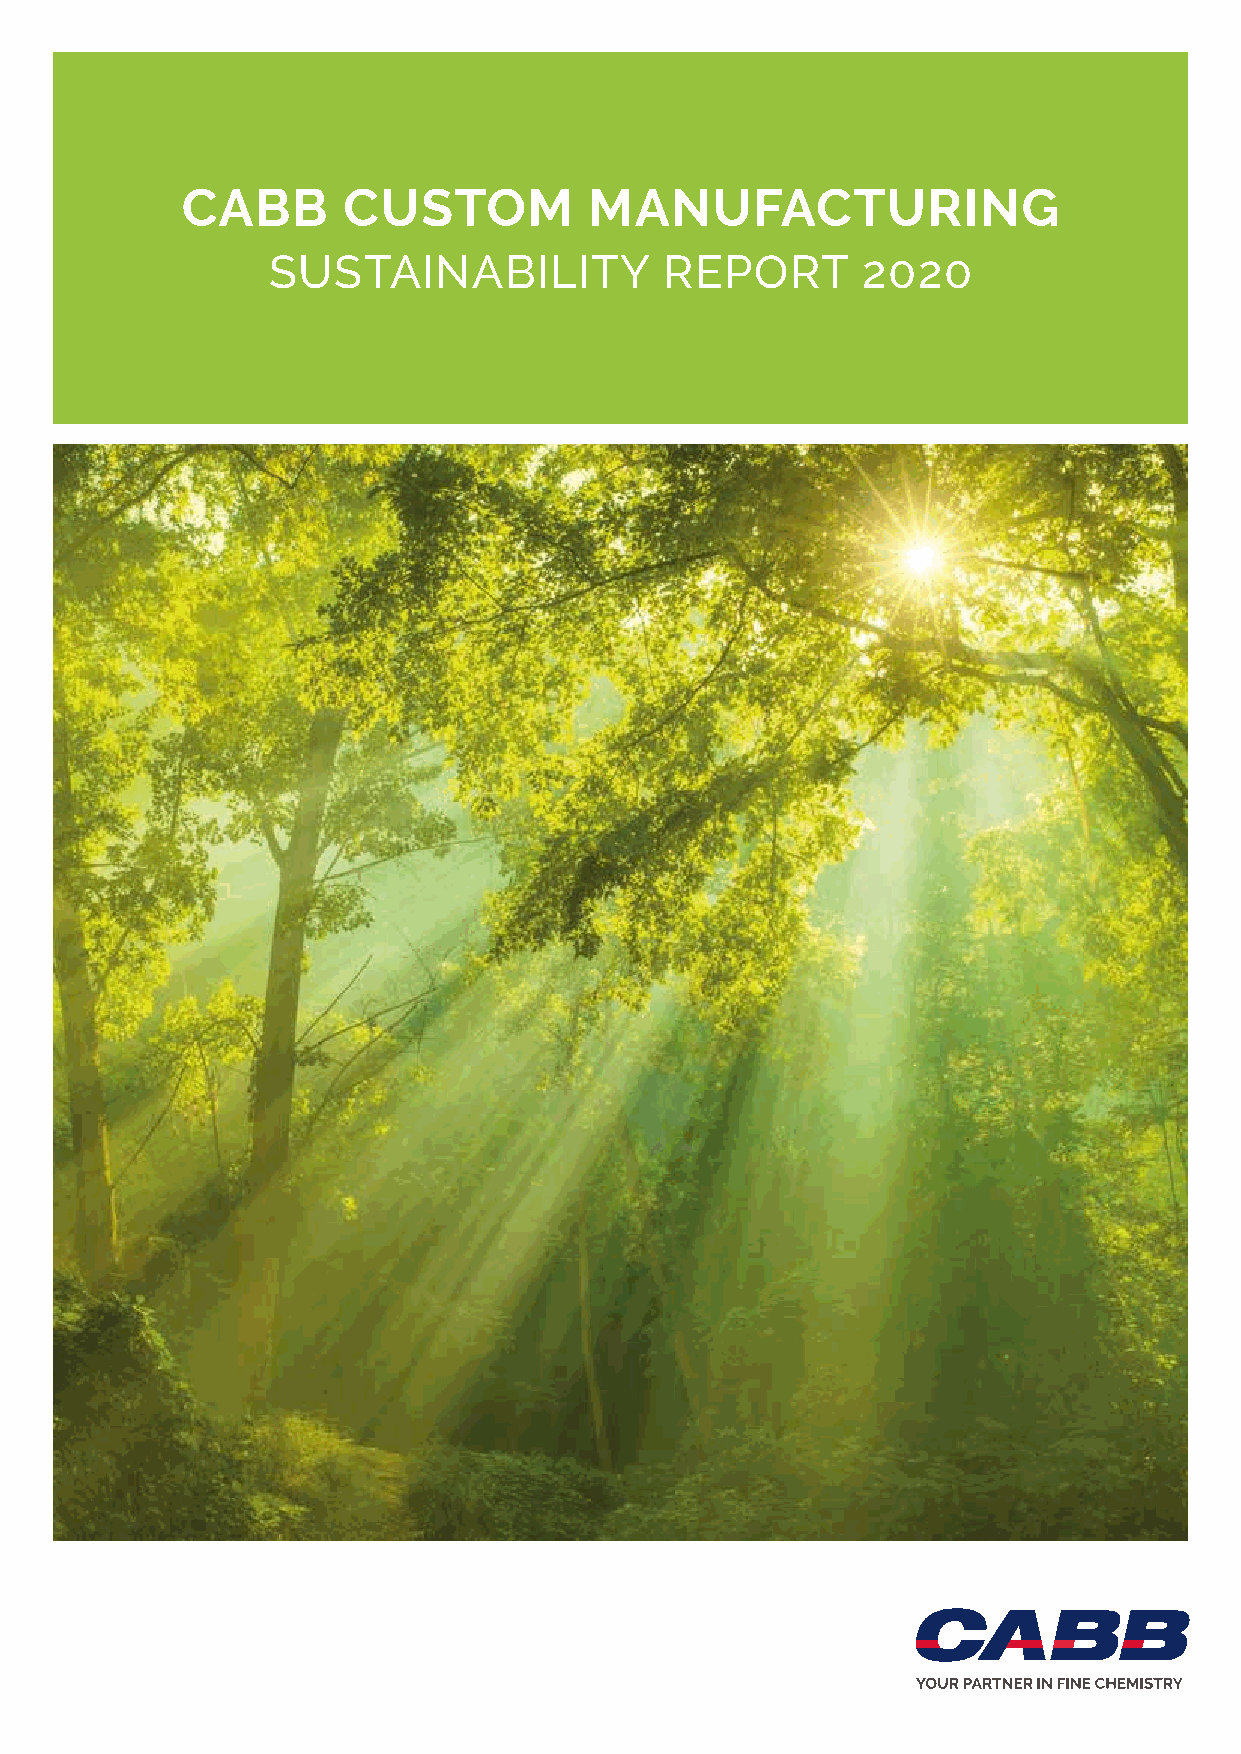
CABB       CUSTOM          MANUFACTURING
 SUSTAINABILITY            REPORT       2020